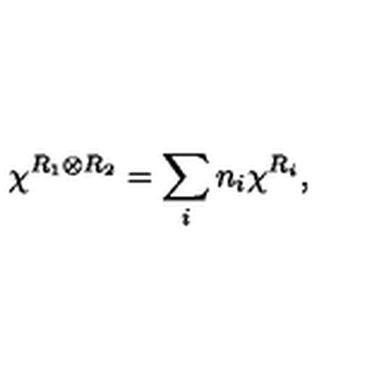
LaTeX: \chi ^ { R _ { 1 } \otimes R _ { 2 } } = \sum _ { i } n _ { i } \chi ^ { R _ { i } } ,